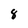
Character: 8